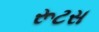
રૂટસ